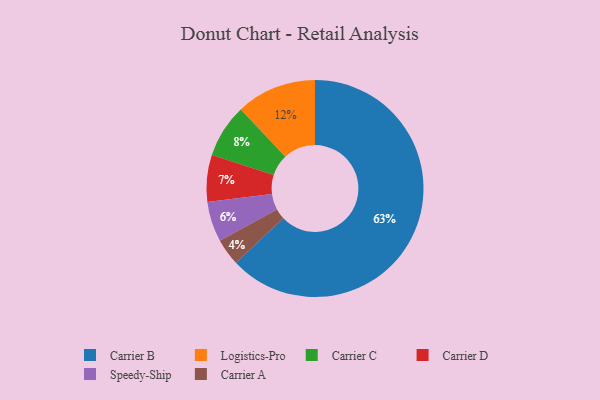
{"axis": {"x": "Category", "y": "Percentage"}, "legend": ["Carrier A", "Carrier B", "Carrier C", "Carrier D", "Logistics-Pro", "Speedy-Ship"], "data": [{"x": "Carrier C", "y": 8, "type": "Carrier C"}, {"x": "Carrier A", "y": 4, "type": "Carrier A"}, {"x": "Speedy-Ship", "y": 6, "type": "Speedy-Ship"}, {"x": "Carrier B", "y": 63, "type": "Carrier B"}, {"x": "Logistics-Pro", "y": 12, "type": "Logistics-Pro"}, {"x": "Carrier D", "y": 7, "type": "Carrier D"}]}